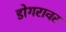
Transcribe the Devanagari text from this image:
डोगरावर